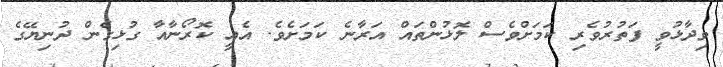
ވިދާޅުވީ ފަތުރުވެރި ކަމަށްވެސް ލޮޅުންތައް އަރާނެ ކަމަށެވެ. އެއީ ކޮރޯނާއާ ގުޅިގެން ދުނިޔޭގެ